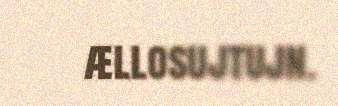
ællosujtujn.